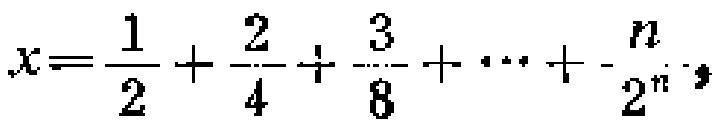
\(x = \frac{1}{2} + \frac{2}{4} + \frac{3}{8} + \cdots + \frac{n}{2^{n}}\)